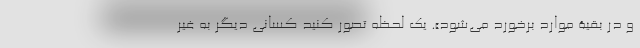
و در بقیۀ موارد برخورد می‌شود». یک لحظه تصور کنید کسانی دیگر به غیر